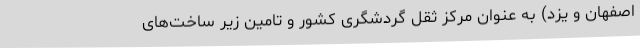
اصفهان و یزد) به عنوان مرکز ثقل گردشگری کشور و تامین زیر ساخت‌های